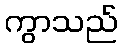
ကွာသည်